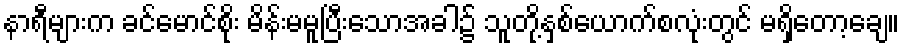
နာရီများက ခင်မောင်စိုး မိန်းမမူပြီးသောအခါ၌ သူတို့နှစ်ယောက်စလုံးတွင် မရှိတော့ချေ။